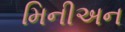
મિનીઅન